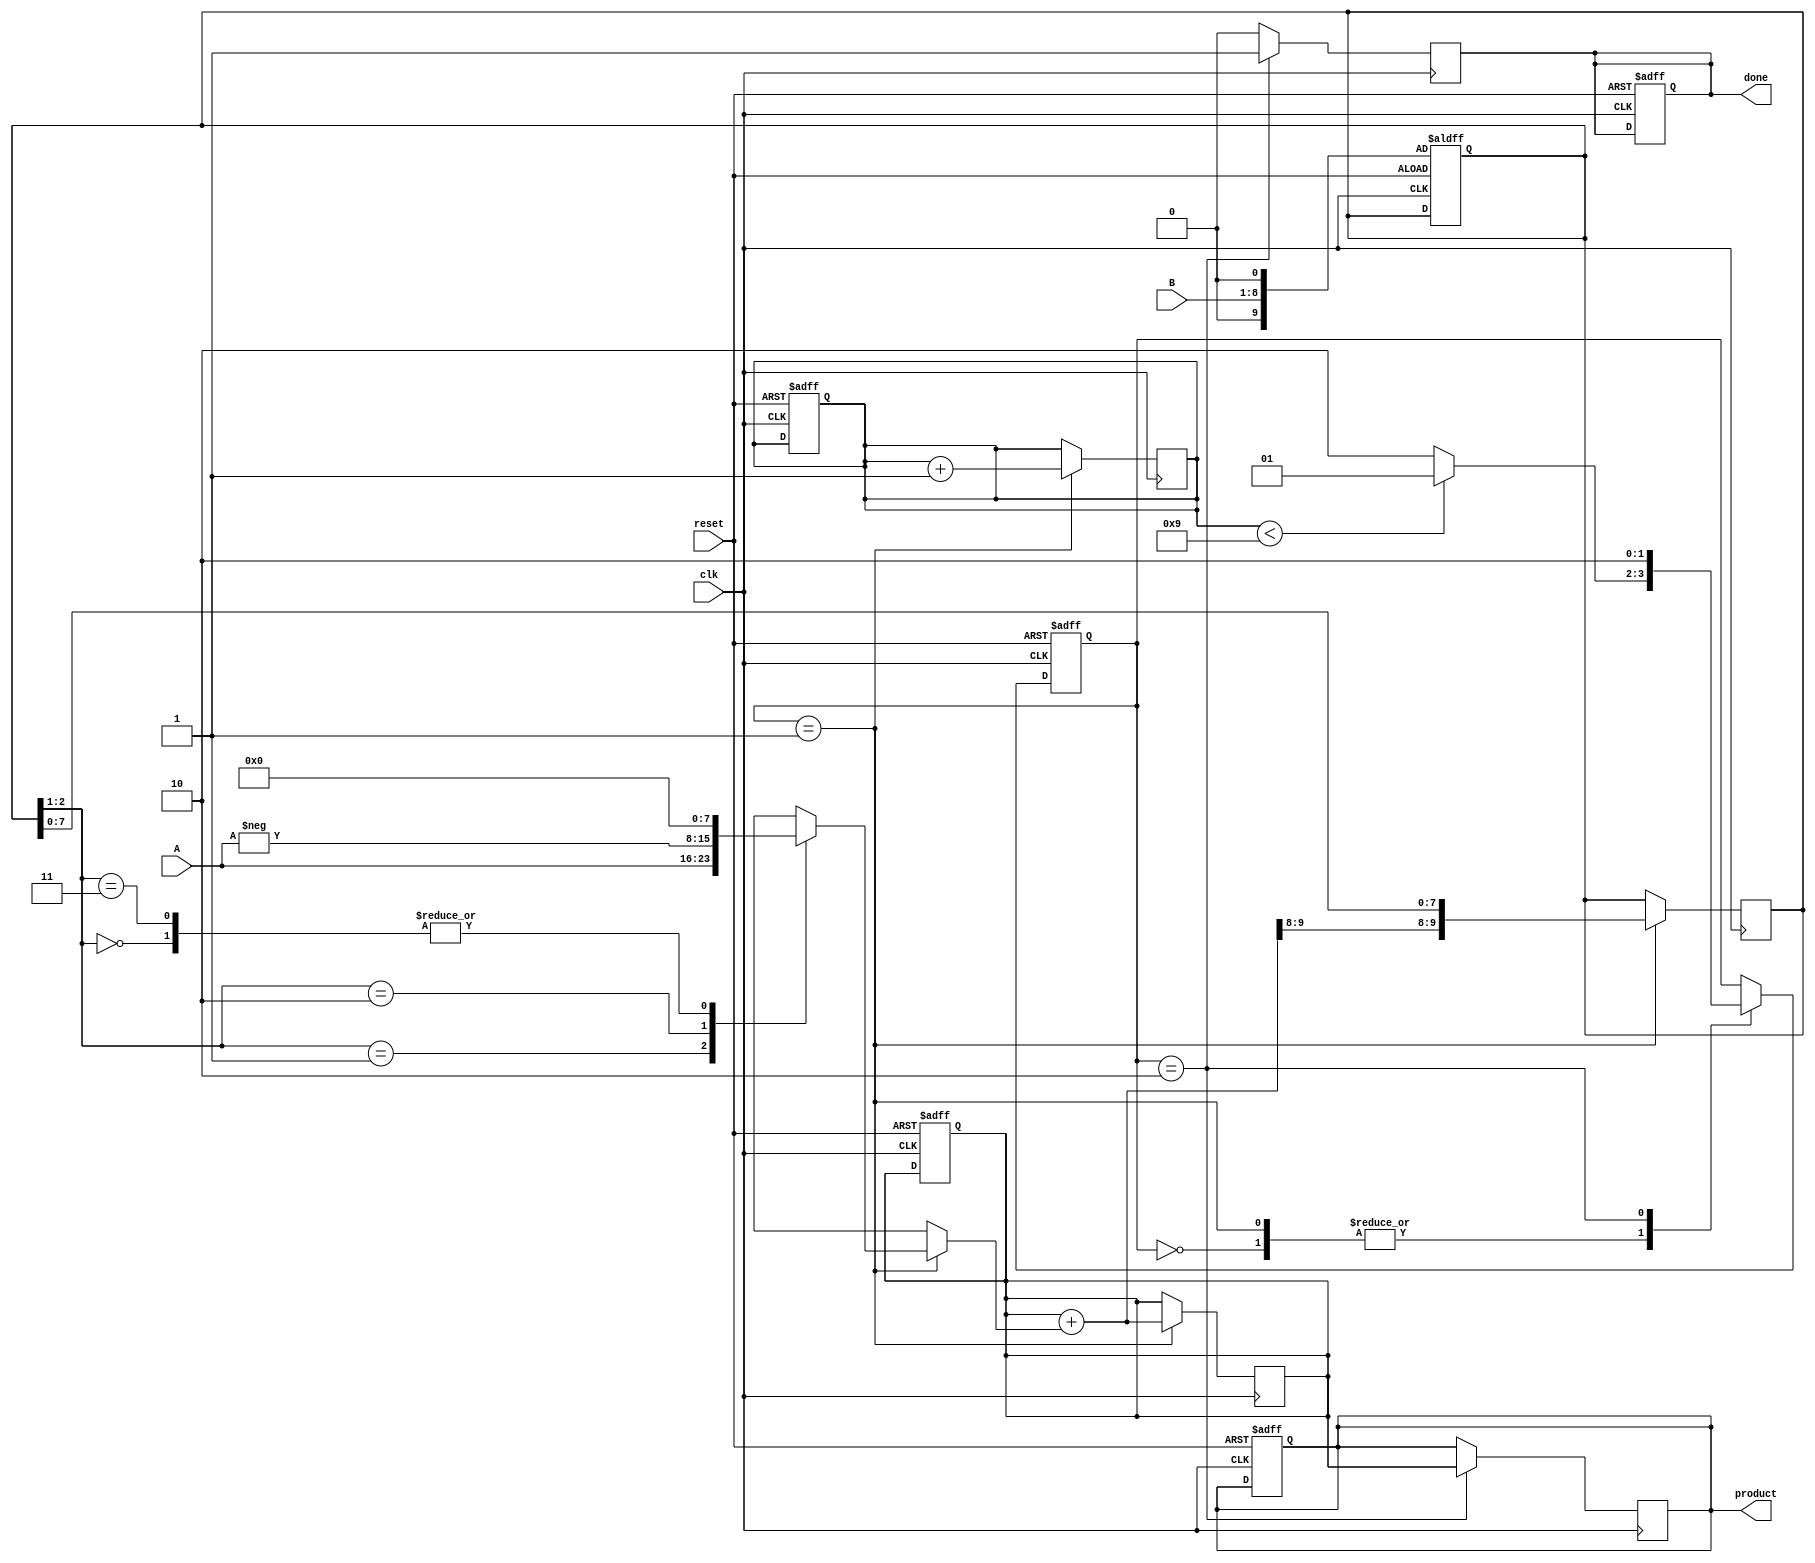
module ModifiedBoothMultiplier #(parameter N = 8) (
    input wire clk,
    input wire reset,
    input wire signed [N-1:0] A, // Multiplicand
    input wire signed [N-1:0] B, // Multiplier
    output reg signed [2*N-1:0] product, // Result
    output reg done // Indicates that the multiplication is complete
);

    reg [N+1:0] Booth_reg; // Booth register (N bits for B, 1 extra for LSB, 1 extra for sign)
    reg [N-1:0] partial_product; // Partial product
    reg [2*N-1:0] accumulator; // Accumulator for the result
    reg [2:0] counter; // Counter for number of iterations
    reg [1:0] booth_code; // Booth encoding

    // State definitions
    localparam IDLE = 2'b00,
               SHIFT_ADD = 2'b01,
               DONE = 2'b10;

    reg [1:0] state, next_state;

    always @(posedge clk or posedge reset) begin
        if (reset) begin
            state <= IDLE;
            product <= 0;
            done <= 0;
            accumulator <= 0;
            counter <= 0;
            Booth_reg <= {1'b0, B, 1'b0}; // Load B with an extra 0 bit
        end else begin
            state <= next_state;
        end
    end

    always @(*) begin
        next_state = state;
        case (state)
            IDLE: begin
                if (counter < (N + 1)) begin
                    next_state = SHIFT_ADD;
                end else begin
                    next_state = DONE;
                end
            end

            SHIFT_ADD: begin
                if (counter < N + 1) begin
                    next_state = SHIFT_ADD;
                end else begin
                    next_state = DONE;
                end
            end
            
            DONE: begin
                next_state = DONE; // Remain in DONE state
            end
        endcase
    end

    always @(posedge clk) begin
        if (state == SHIFT_ADD) begin
            booth_code = Booth_reg[2:1]; // Get the 2 bits for Booth encoding
            case (booth_code)
                2'b00: begin
                    partial_product = 0; // Multiply by 0
                end
                2'b01: begin
                    partial_product = A; // Multiply by +1
                end
                2'b10: begin
                    partial_product = -A; // Multiply by -1
                end
                2'b11: begin
                    partial_product = 0; // Multiply by 0 (no operation)
                end
            endcase
            
            // Add partial product to accumulator
            accumulator = accumulator + partial_product;

            // Shift right Booth register
            Booth_reg = {accumulator[2*N-1], accumulator[2*N-1:N], Booth_reg[N-1:0]}; // Shift operation
            
            // Increment counter
            counter = counter + 1;
        end
    end

    always @(posedge clk) begin
        if (state == DONE) begin
            product <= accumulator; // Store the final product
            done <= 1; // Indicate completion
        end else begin
            done <= 0; // Reset done flag
        end
    end

endmodule